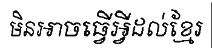
មិនអាចធ្វើអ្វីដល់ខ្មែរ